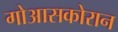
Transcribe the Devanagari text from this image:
गोआसकोरान